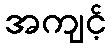
အကျင့်